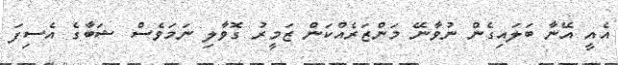
އެއީ އޭނާ ބަލައިގެން ނުވާނޭ މަންޒަރެއްކަން ޒަމީރު ގޮވާލި ނަމަވެސް ޝަބާގެ އެސިފަ